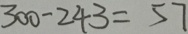
3 0 0 - 2 4 3 = 5 7